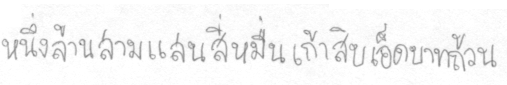
หนึ่งล้านสามแสนสี่หมื่นเก้าสิบเอ็ดบาทถ้วน